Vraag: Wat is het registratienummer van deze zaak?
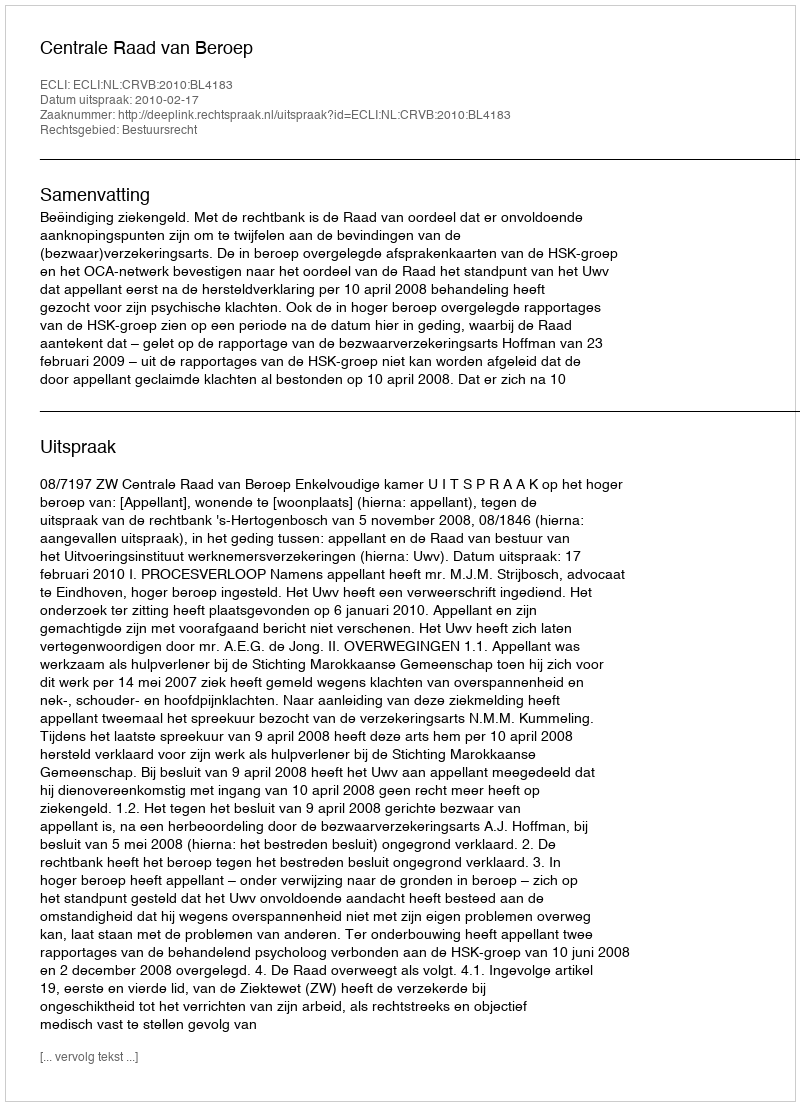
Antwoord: http://deeplink.rechtspraak.nl/uitspraak?id=ECLI:NL:CRVB:2010:BL4183